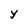
Character: Y